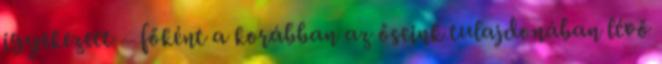
igyekezett – főként a korábban az őseink tulajdonában lévő